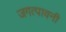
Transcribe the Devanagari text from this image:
जगत्पावनी